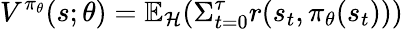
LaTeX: V^{\pi_{\theta}}(s;\theta)=\mathbb{E}_{\mathcal{H}}(\Sigma_{t=0}^{\tau}r(s_{t},\pi_{\theta}(s_{t})))